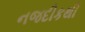
નજદીકથી